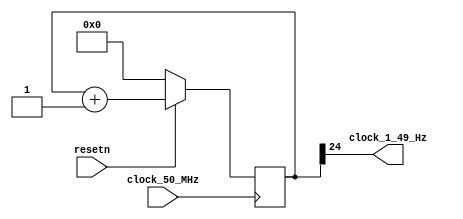
module clock_divider_50_MHz_to_1_49_Hz
(
    input  clock_50_MHz,
    input  resetn,
    output clock_1_49_Hz
);

    // 50 MHz / 2 ** 25 = 1.49 Hz

    reg [24:0] counter;

    always @ (posedge clock_50_MHz)
    begin
        if (! resetn)
            counter <= 0;
        else
            counter <= counter + 1;
    end

    assign clock_1_49_Hz = counter [24];

endmodule

//--------------------------------------------------------------------

module shift_register_with_enable
(
    input             clock,
    input             resetn,
    input             in,
    input             enable,
    output            out,
    output reg [17:0] data
);

    always @ (posedge clock or negedge resetn)
    begin
        if (! resetn)
            data <= 18'b10_0000_0000_0000_0000;
        else if (enable)
            data <= { in, data [17:1] };
    end
    
    assign out = data [0];

endmodule

//--------------------------------------------------------------------

module single_digit_display
(
    input      [3:0] digit,
    output reg [6:0] seven_segments
);

    always @*
        case (digit)
        'h0: seven_segments = 'b1000000;  // a b c d e f g
        'h1: seven_segments = 'b1111001;
        'h2: seven_segments = 'b0100100;  //   --a--
        'h3: seven_segments = 'b0110000;  //  |     |
        'h4: seven_segments = 'b0011001;  //  f     b
        'h5: seven_segments = 'b0010010;  //  |     |
        'h6: seven_segments = 'b0000010;  //   --g--
        'h7: seven_segments = 'b1111000;  //  |     |
        'h8: seven_segments = 'b0000000;  //  e     c
        'h9: seven_segments = 'b0011000;  //  |     |
        'ha: seven_segments = 'b0001000;  //   --d-- 
        'hb: seven_segments = 'b0000011;
        'hc: seven_segments = 'b1000110;
        'hd: seven_segments = 'b0100001;
        'he: seven_segments = 'b0000110;
        'hf: seven_segments = 'b0001110;
        endcase

endmodule

//--------------------------------------------------------------------

// Smiling Snail FSM derived from David Harris & Sarah Harris

module pattern_fsm_moore_1
(
    input  clock,
    input  resetn,
    input  a,
    output y
);

    parameter [1:0] S0 = 0, S1 = 1, S2 = 2;

    reg [1:0] state, next_state;

    // state register

    always @ (posedge clock or negedge resetn)
        if (! resetn)
            state <= S0;
        else
            state <= next_state;

    // next state logic

    always @*
        case (state)

        S0:
            if (a)
                next_state <= S0;
            else
                next_state <= S1;

        S1:
            if (a)
                next_state <= S2;
            else
                next_state <= S1;

        S2:
            if (a)
                next_state <= S0;
            else
                next_state <= S1;

        default:

            next_state <= S0;

        endcase

    // output logic

    assign y = (state == S2);

endmodule

module pattern_fsm_moore_2
(
    input  clock,
    input  resetn,
    input  a,
    output y
);

    parameter [1:0] S0 = 0, S1 = 1, S2 = 2, S3 = 3;

    reg [1:0] state, next_state;

    // state register

    always @ (posedge clock or negedge resetn)
        if (! resetn)
            state <= S0;
        else
            state <= next_state;

    // next state logic

    always @*
        case (state)

        S0:
            if (a)
                next_state <= S0;
            else
                next_state <= S1;

        S1:
            if (a)
                next_state <= S2;
            else
                next_state <= S1;

        S2:
            next_state <= S3;

        S3:
            if (a)
                next_state <= S0;
            else
                next_state <= S1;

        default:

            next_state <= S0;

        endcase

    // output logic

    assign y = (state == S3);

endmodule

//--------------------------------------------------------------------

module pattern_fsm_moore_3
(
    input  clock,
    input  resetn,
    input  a,
    output y
);

    parameter [1:0] S0 = 0, S1 = 1, S2 = 2, S3 = 3;

    reg [1:0] state, next_state;

    // state register

    always @ (posedge clock or negedge resetn)
        if (! resetn)
            state <= S0;
        else
            state <= next_state;

    // next state logic

    always @*
        case (state)

        S0:
            if (a)
                next_state <= S0;
            else
                next_state <= S1;

        S1:
            if (a)
                next_state <= S2;
            else
                next_state <= S1;

        S2:
            next_state <= S3;

        S3:
            next_state <= S0;

        default:

            next_state <= S0;

        endcase

    // output logic

    assign y = (state == S3);

endmodule

//--------------------------------------------------------------------

module pattern_fsm_moore_4
(
    input  clock,
    input  resetn,
    input  a,
    output y
);

    parameter [1:0] S0 = 0, S1 = 1, S2 = 2, S3 = 3;

    reg [1:0] state, next_state;

    // state register

    always @ (posedge clock or negedge resetn)
        if (! resetn)
            state <= S0;
        else
            state <= next_state;

    // next state logic

    always @*
        case (state)

        S0:
            if (a)
                next_state <= S0;
            else
                next_state <= S1;

        S1:
            next_state <= S2;

        S2:
            if (a)
                next_state <= S3;
            else
                next_state <= S2;

        S3:
            next_state <= S0;

        default:

            next_state <= S0;

        endcase

    // output logic

    assign y = (state == S3);

endmodule

//--------------------------------------------------------------------

module pattern_fsm_moore_5
(
    input  clock,
    input  resetn,
    input  a,
    output y
);

    parameter [1:0] S0 = 0, S1 = 1, S2 = 2, S3 = 3;

    reg [1:0] state, next_state;

    // state register

    always @ (posedge clock or negedge resetn)
        if (! resetn)
            state <= S0;
        else
            state <= next_state;

    // next state logic

    always @*
        case (state)
        S0: next_state <= a ? S0 : S1;
        S1: next_state <= a ? S1 : S2;
        S2: next_state <= a ? S3 : S2;
        S3: next_state <= S0;
        endcase

    // output logic

    assign y = (state == S3);

endmodule

//--------------------------------------------------------------------

module pattern_fsm_moore_6
(
    input  clock,
    input  resetn,
    input  a,
    output y
);

    parameter [1:0] S0 = 0, S1 = 1, S2 = 2, S3 = 3;

    reg [1:0] state, next_state;

    // state register

    always @ (posedge clock or negedge resetn)
        if (! resetn)
            state <= S0;
        else
            state <= next_state;

    // next state logic

    always @*
        case (state)
        S0: next_state <= a ? S0 : S1;
        S1: next_state <= a ? S1 : S2;
        S2: next_state <= S3;
        S3: next_state <= a ? S2 : S1;
        endcase

    // output logic

    assign y = (state == S3);

endmodule

//--------------------------------------------------------------------

module pattern_fsm_moore
(
    input  clock,
    input  resetn,
    input  a,
    input  b,
    output y
);

    parameter [1:0] S0 = 0, S1 = 1, S2 = 2, S3 = 3;

    reg [1:0] state, next_state;

    // state register

    always @ (posedge clock or negedge resetn)
        if (! resetn)
            state <= S0;
        else
            state <= next_state;

    // next state logic

    always @*
        case (state)
        S0: next_state <= a ? S0 : S1;
        S1: next_state <= a ? S1 : S2;
        S2: next_state <= S3;
        S3: next_state <= a ? S2 : b ? S0 : S1;
        endcase

    // output logic

    assign y = (state == S3);

endmodule

//--------------------------------------------------------------------

module de2_115_user
(
    input         CLOCK_50,
    input  [ 3:0] KEY,
    input  [17:0] SW,
    output [ 8:0] LEDG,
    output [17:0] LEDR,
    output [ 6:0] HEX0,
    output [ 6:0] HEX1,
    output [ 6:0] HEX2,
    output [ 6:0] HEX3,
    output [ 6:0] HEX4,
    output [ 6:0] HEX5,
    output [ 6:0] HEX6,
    output [ 6:0] HEX7
);

    wire clock;
    wire resetn = KEY [3];

    clock_divider_50_MHz_to_1_49_Hz clock_divider_50_MHz_to_1_49_Hz
    (
        .clock_50_MHz  (CLOCK_50),
        .resetn        (resetn),
        .clock_1_49_Hz (clock)
    );

    shift_register_with_enable shift_register_with_enable
    (
        .clock      (   clock    ),
        .resetn     (   resetn   ),
        .in         ( ~ KEY  [2] ),
        .enable     (   KEY  [1] ),
        .out        (   LEDG [7] ),
        .data       (   LEDR     )
    );

    single_digit_display digit_0
    (
        .digit          ( LEDR [ 3: 0] ),
        .seven_segments ( HEX0         )
    );

    single_digit_display digit_1
    (
        .digit          ( LEDR [ 7: 4] ),
        .seven_segments ( HEX1         )
    );

    single_digit_display digit_2
    (
        .digit          ( LEDR [11: 8] ),
        .seven_segments ( HEX2         )
    );

    single_digit_display digit_3
    (
        .digit          ( LEDR [15:12] ),
        .seven_segments ( HEX3         )
    );

    single_digit_display digit_4
    (
        .digit          ( { 2'b0 , LEDR [17:16] } ),
        .seven_segments ( HEX4                    )
    );

    pattern_fsm_moore pattern_fsm_moore
    (
        .clock  ( clock    ),
        .resetn ( resetn   ),
        .a      ( LEDG [7] ),
        .y      ( LEDG [6] )
    );

    assign LEDG [5:0] = 6'b11_1111;
    assign HEX5       = 7'h7f;
    assign HEX6       = 7'h7f;
    assign HEX7       = 7'h7f;

endmodule